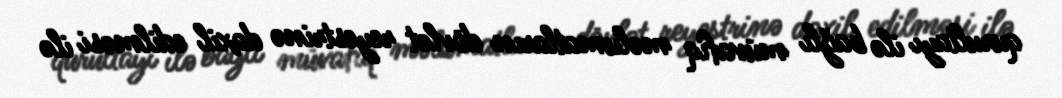
qurultayı ilə bağlı müvafiq məlumatların dövlət reyestrinə daxil edilməsi ilə